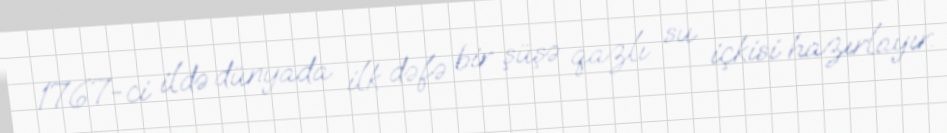
1767-ci ildə dünyada ilk dəfə bir şüşə qazlı su içkisi hazırlayır.